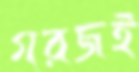
গরজই